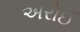
અરોઈ